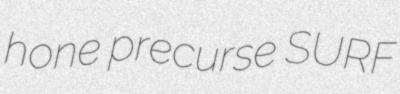
hone precurse SURF